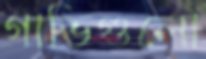
গাভিগুলো